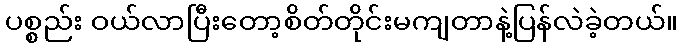
ပစ္စည်း ဝယ်လာပြီးတော့စိတ်တိုင်းမကျတာနဲ့ပြန်လဲခဲ့တယ်။